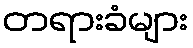
တရားခံများ